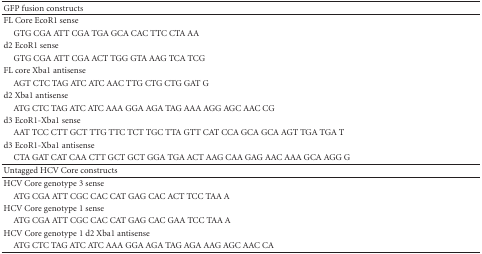
| GFP fusion constructs |  |
 | --- | --- |
 | FL Core EcoR1 sense |  |
 | GTG CGA ATT CGA TGA GCA CAC TTC CTA AA |  |
 | d2 EcoR1 sense |  |
 | GTG CGA ATT CGA ACT TGG GTA AAG TCA TCG |  |
 | FL core Xba1 antisense |  |
 | AGT CTC TAG ATC ATC AAC TTG CTG CTG GAT G |  |
 | d2 Xba1 antisense |  |
 | ATG CTC TAG ATC ATC AAA GGA AGA TAG AAA AGG AGC AAC CG |  |
 | d3 EcoR1-Xba1 sense |  |
 | AAT TCC CTT GCT TTG TTC TCT TGC TTA GTT CAT CCA GCA GCA AGT TGA TGA T |  |
 | d3 EcoR1-Xba1 antisense |  |
 | CTA GAT CAT CAA CTT GCT GCT GGA TGA ACT AAG CAA GAG AAC AAA GCA AGG G |  |
 | Untagged HCV Core constructs |  |
 | HCV Core genotype 3 sense |  |
 | ATG CGA ATT CGC CAC CAT GAG CAC ACT TCC TAA A |  |
 | HCV Core genotype 1 sense |  |
 | ATG CGA ATT CGC CAC CAT GAG CAC GAA TCC TAA A |  |
 | HCV Core genotype 1 d2 Xba1 antisense |  |
 | ATG CTC TAG ATC ATC AAA GGA AGA TAG AGA AAG AGC AAC CA |  |